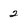
Character: 2